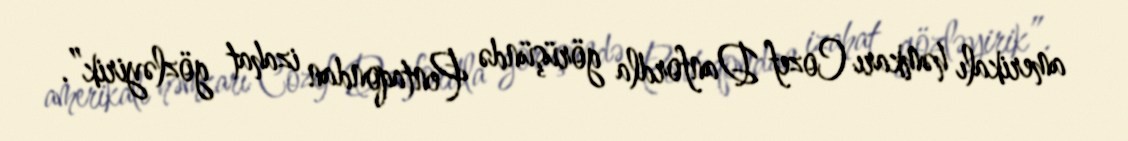
amerikalı həmkarı Cozef Danfordla görüşündə Pentaqondan izahat gözləyirik”.